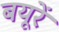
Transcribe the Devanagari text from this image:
बयूरें